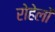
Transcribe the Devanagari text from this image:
रोहेलों